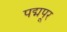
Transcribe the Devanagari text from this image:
पद्मपूर